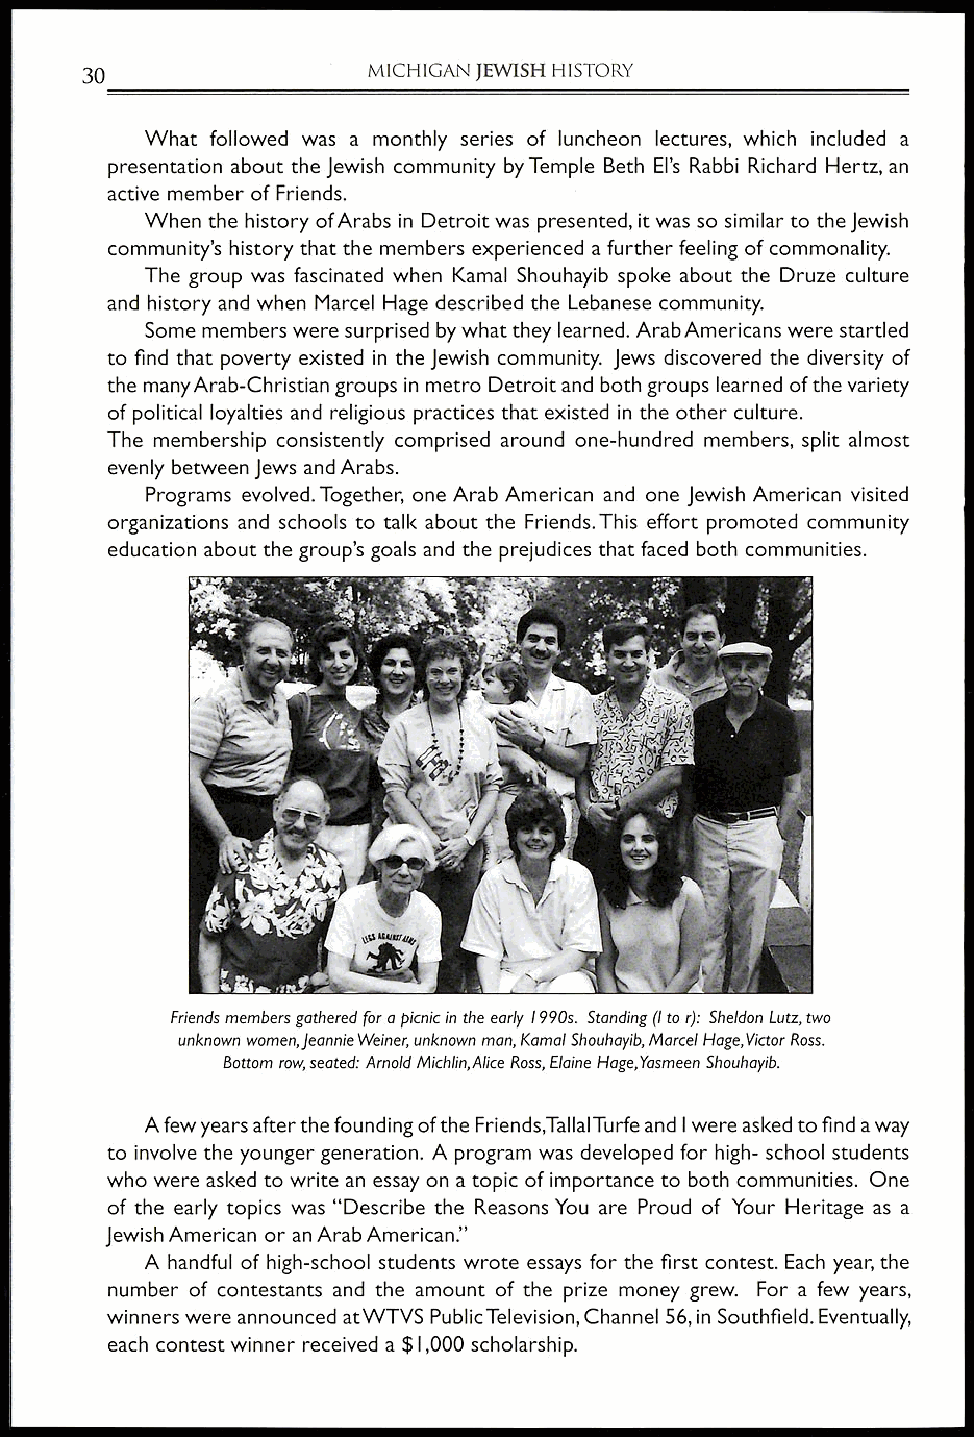
MICHIGAN JEWISH HISTORY
 30
 What followed was a monthly series of luncheon lectures, which included a
 presentation about the Jewish community by Temple Beth El's Rabbi Richard Hertz, an
 active member of Friends.
 When the history of Arabs in Detroit was presented, it was so similar to the Jewish
 community's history that the members experienced a further feeling of commonality.
 The group was fascinated when Kamal Shouhayib spoke about the Druze culture
 and history and when Marcel Hage described the Lebanese community.
 Some members were surprised by what they learned. Arab Americans were startled
 to find that poverty existed in the Jewish community. Jews discovered the diversity of
 the many Arab-Christian groups in metro Detroit and both groups learned of the variety
 of political loyalties and religious practices that existed in the other culture.
 The membership consistently comprised around one-hundred members, split almost
 evenly between Jews and Arabs.
 Programs evolved. Together, one Arab American and one Jewish American visited
 organizations and schools to talk about the Friends. This effort promoted community
 education about the group's goals and the prejudices that faced both communities.
 Friends members gathered for a picnic in the early l 990s. Standing (I to r): Sheldon Lutz, two
 unknown women,JeannieWeiner, unknown man, Kamal Shouhayib, Marcel Hage, Victor Ross.
 Bottom row, seated: Arnold Michlin,Alice Ross, Elaine Hage,Yasmeen Shouhayib.
 A few years after the founding of the Friends,TallalTurfe and I were asked to find a way
 to involve the younger generation. A program was developed for high- school students
 who were asked to write an essay on a topic of importance to both communities. One
 of the early topics was "Describe the Reasons You are Proud of Your Heritage as a
 Jewish American or an Arab American."
 A handful of high-school students wrote essays for the first contest. Each year, the
 number of contestants and the amount of the prize money grew. For a few years,
 winners were announced atWTVS Public Television, Channel 56, in Southfield. Eventually,
 each contest winner received a $1,000 scholarship.